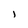
Character: I